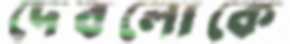
দেবলোকে